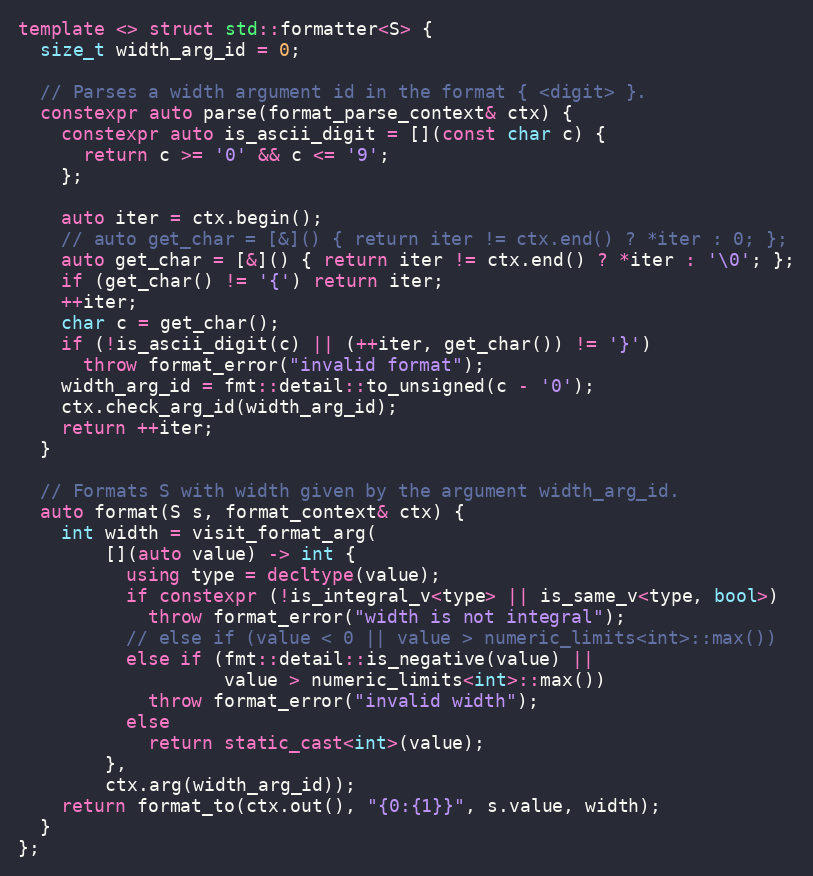
Language: C++
template <> struct std::formatter<S> {
  size_t width_arg_id = 0;

  // Parses a width argument id in the format { <digit> }.
  constexpr auto parse(format_parse_context& ctx) {
    constexpr auto is_ascii_digit = [](const char c) {
      return c >= '0' && c <= '9';
    };

    auto iter = ctx.begin();
    // auto get_char = [&]() { return iter != ctx.end() ? *iter : 0; };
    auto get_char = [&]() { return iter != ctx.end() ? *iter : '\0'; };
    if (get_char() != '{') return iter;
    ++iter;
    char c = get_char();
    if (!is_ascii_digit(c) || (++iter, get_char()) != '}')
      throw format_error("invalid format");
    width_arg_id = fmt::detail::to_unsigned(c - '0');
    ctx.check_arg_id(width_arg_id);
    return ++iter;
  }

  // Formats S with width given by the argument width_arg_id.
  auto format(S s, format_context& ctx) {
    int width = visit_format_arg(
        [](auto value) -> int {
          using type = decltype(value);
          if constexpr (!is_integral_v<type> || is_same_v<type, bool>)
            throw format_error("width is not integral");
          // else if (value < 0 || value > numeric_limits<int>::max())
          else if (fmt::detail::is_negative(value) ||
                   value > numeric_limits<int>::max())
            throw format_error("invalid width");
          else
            return static_cast<int>(value);
        },
        ctx.arg(width_arg_id));
    return format_to(ctx.out(), "{0:{1}}", s.value, width);
  }
};